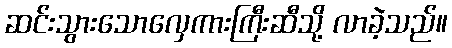
ဆင်းသွားသောလှေကားကြီးဆီသို့ လာခဲ့သည်။